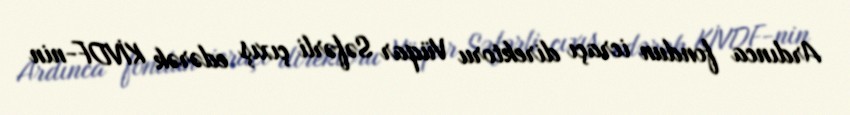
Ardınca fondun icraçı direktoru Vüqar Səfərli çıxış edərək KİVDF-nin